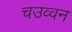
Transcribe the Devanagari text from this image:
चउव्वन